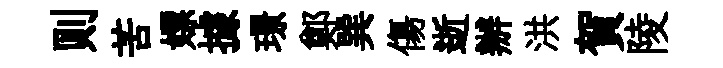
则苦嫖據璟鄭巽傷逝辦洪賀陵